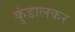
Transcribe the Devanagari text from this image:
कुंडालकर